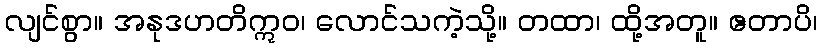
လျင်စွာ။ အနုဒဟတိဣဝ၊ လောင်သကဲ့သို့။ တထာ၊ ထို့အတူ။ ဧတာပိ၊